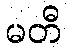
မတီ